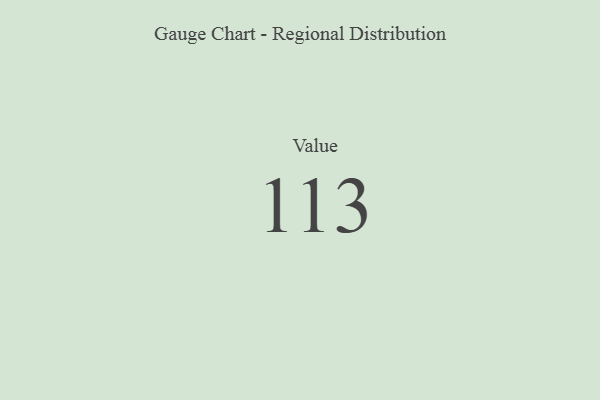
{"axis": {"x": "Metric", "y": "Value"}, "legend": [""], "data": [{"x": "Value", "y": 113, "type": ""}]}